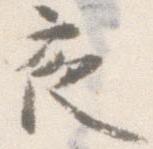
夜